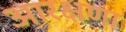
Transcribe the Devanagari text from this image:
आरक्षणा